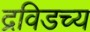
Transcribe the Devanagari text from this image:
द्रविडच्य